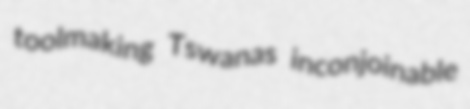
toolmaking Tswanas inconjoinable